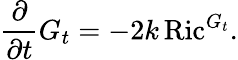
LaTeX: {\frac{\partial}{\partial t}}G_{t}=-2k\operatorname{Ric}^{G_{t}}.